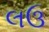
લઉ